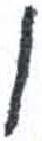
אות: ו